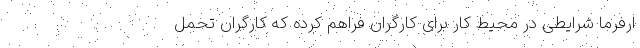
ارفرما شرایطی در محیط کار برای کارگران فراهم کرده که کارگران تحمل